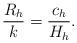
LaTeX: \begin{align*}\frac{R_h}{k}=\frac{c_h}{H_h}.\end{align*}